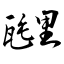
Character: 瓼